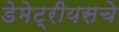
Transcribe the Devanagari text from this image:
डेमेट्रीयसचे